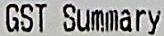
GST SUMMARY